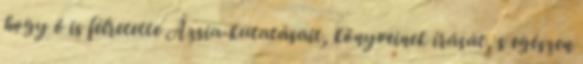
hogy ő is félretette Ázsia-kutatásait, könyveinek írását, s egészen